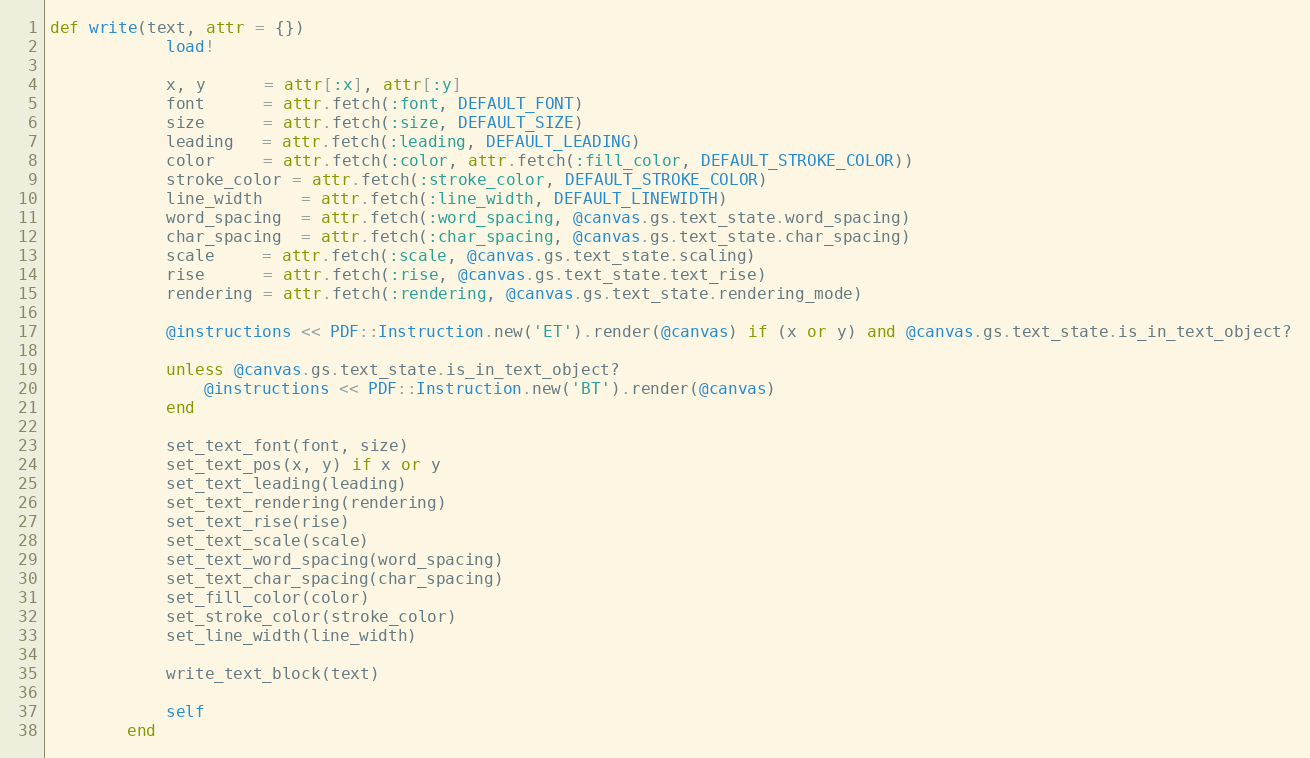
Language: Ruby
def write(text, attr = {})
            load!

            x, y      = attr[:x], attr[:y]
            font      = attr.fetch(:font, DEFAULT_FONT)
            size      = attr.fetch(:size, DEFAULT_SIZE)
            leading   = attr.fetch(:leading, DEFAULT_LEADING)
            color     = attr.fetch(:color, attr.fetch(:fill_color, DEFAULT_STROKE_COLOR))
            stroke_color = attr.fetch(:stroke_color, DEFAULT_STROKE_COLOR)
            line_width    = attr.fetch(:line_width, DEFAULT_LINEWIDTH)
            word_spacing  = attr.fetch(:word_spacing, @canvas.gs.text_state.word_spacing)
            char_spacing  = attr.fetch(:char_spacing, @canvas.gs.text_state.char_spacing)
            scale     = attr.fetch(:scale, @canvas.gs.text_state.scaling)
            rise      = attr.fetch(:rise, @canvas.gs.text_state.text_rise)
            rendering = attr.fetch(:rendering, @canvas.gs.text_state.rendering_mode)

            @instructions << PDF::Instruction.new('ET').render(@canvas) if (x or y) and @canvas.gs.text_state.is_in_text_object?

            unless @canvas.gs.text_state.is_in_text_object?
                @instructions << PDF::Instruction.new('BT').render(@canvas)
            end

            set_text_font(font, size)
            set_text_pos(x, y) if x or y
            set_text_leading(leading)
            set_text_rendering(rendering)
            set_text_rise(rise)
            set_text_scale(scale)
            set_text_word_spacing(word_spacing)
            set_text_char_spacing(char_spacing)
            set_fill_color(color)
            set_stroke_color(stroke_color)
            set_line_width(line_width)

            write_text_block(text)

            self
        end